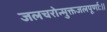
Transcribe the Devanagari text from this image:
जलचरोन्मुक्तजलपूर्णाः।।